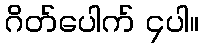
ဂိတ်ပေါက် ၄ပါ။